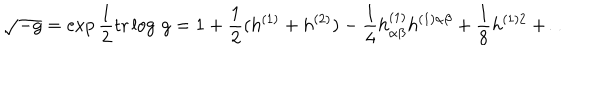
\sqrt { - g } = \exp { \frac { 1 } { 2 } } \mathrm { t r } \log \, g = 1 + { \frac { 1 } { 2 } } ( h ^ { ( 1 ) } + h ^ { ( 2 ) } ) - { \frac { 1 } { 4 } } h _ { \alpha \beta } ^ { ( 1 ) } h ^ { ( 1 ) \alpha \beta } + { \frac { 1 } { 8 } } h ^ { ( 1 ) 2 } + \ldots